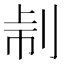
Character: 𠜔